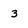
Character: 3